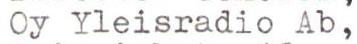
Oy Yleisradio Ab,